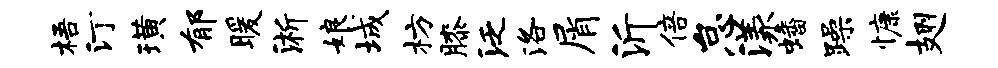
梧汀璜郁暖淅娘城枋膝泛洛屑沂倍怠漾蟠躁慷翅